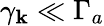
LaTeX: \gamma_{\textbf k}\ll\Gamma_{a}